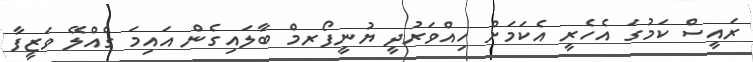
ރައީސް ކަމުގަ އެހެރީ އެކަމަށް ހިއްވަރުދީ ޔުނީފޯރމް ބާލައިގެން އައިމަ ގެއްލޭ ވަޒީފާ